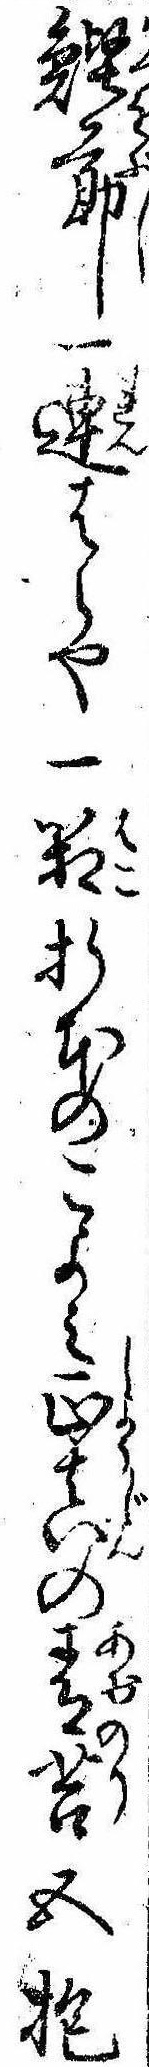
鰹節一連はらや一箱折本のこよみ正真の青苔五抱